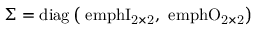
\Sigma = \mathrm { { d i a g } \left( \ e m p h I _ { 2 \times 2 } , \ e m p h O _ { 2 \times 2 } \right) }